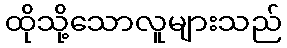
ထိုသို့သောလူများသည်